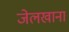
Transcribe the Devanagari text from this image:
जेलखाना